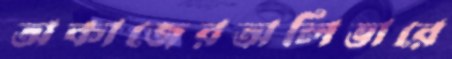
অকাজেরঅলিভারে